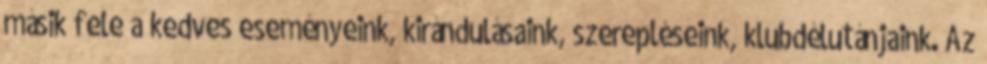
másik fele a kedves eseményeink, kirándulásaink, szerepléseink, klubdélutánjaink. Az